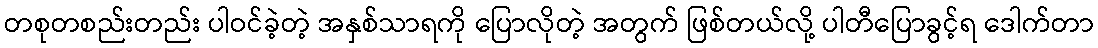
တစုတစည်းတည်း ပါဝင်ခဲ့တဲ့ အနှစ်သာရကို ပြောလိုတဲ့ အတွက် ဖြစ်တယ်လို့ ပါတီပြောခွင့်ရ ဒေါက်တာ